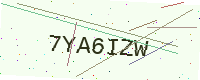
Text: 7YA6IZW